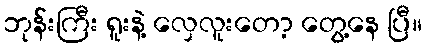
ဘုန်းကြီး ရူးနဲ့ လှေလူးတော့ တွေ့နေ ပြီ။